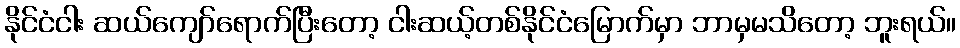
နိုင်ငံငါး ဆယ်ကျော်ရောက်ပြီးတော့ ငါးဆယ့်တစ်နိုင်ငံမြောက်မှာ ဘာမှမသိတော့ ဘူးရယ်။